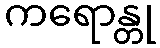
ကရောန္တု